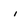
Character: i